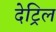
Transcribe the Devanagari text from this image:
देट्रिल